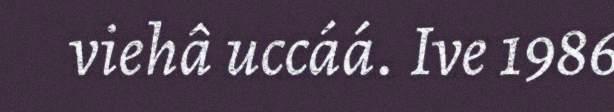
viehâ uccáá. Ive 1986